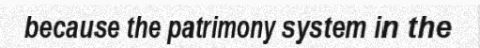
because the patrimony system in the